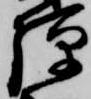
弾